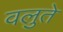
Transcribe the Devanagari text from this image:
वलुते